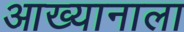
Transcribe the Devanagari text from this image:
आख्यानाला